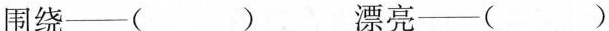
围绕___( ) 漂亮___( )五光十色___( )